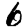
Digit: 6